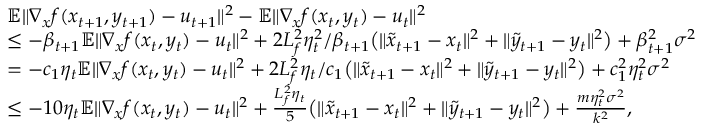
\begin{array} { r l } & { \mathbb { E } \| \nabla _ { x } f ( x _ { t + 1 } , y _ { t + 1 } ) - u _ { t + 1 } \| ^ { 2 } - \mathbb { E } \| \nabla _ { x } f ( x _ { t } , y _ { t } ) - u _ { t } \| ^ { 2 } } \\ & { \leq - \beta _ { t + 1 } \mathbb { E } \| \nabla _ { x } f ( x _ { t } , y _ { t } ) - u _ { t } \| ^ { 2 } + 2 L _ { f } ^ { 2 } \eta _ { t } ^ { 2 } / \beta _ { t + 1 } \big ( \| \tilde { x } _ { t + 1 } - x _ { t } \| ^ { 2 } + \| \tilde { y } _ { t + 1 } - y _ { t } \| ^ { 2 } \big ) + \beta _ { t + 1 } ^ { 2 } \sigma ^ { 2 } } \\ & { = - c _ { 1 } \eta _ { t } \mathbb { E } \| \nabla _ { x } f ( x _ { t } , y _ { t } ) - u _ { t } \| ^ { 2 } + 2 L _ { f } ^ { 2 } \eta _ { t } / c _ { 1 } \big ( \| \tilde { x } _ { t + 1 } - x _ { t } \| ^ { 2 } + \| \tilde { y } _ { t + 1 } - y _ { t } \| ^ { 2 } \big ) + c _ { 1 } ^ { 2 } \eta _ { t } ^ { 2 } \sigma ^ { 2 } } \\ & { \leq - 1 0 \eta _ { t } \mathbb { E } \| \nabla _ { x } f ( x _ { t } , y _ { t } ) - u _ { t } \| ^ { 2 } + \frac { L _ { f } ^ { 2 } \eta _ { t } } { 5 } \big ( \| \tilde { x } _ { t + 1 } - x _ { t } \| ^ { 2 } + \| \tilde { y } _ { t + 1 } - y _ { t } \| ^ { 2 } \big ) + \frac { m \eta _ { t } ^ { 2 } \sigma ^ { 2 } } { k ^ { 2 } } , } \end{array}